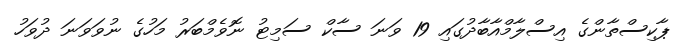
ޕާކިސްތާންގެ އިސްލާމްއާބާދުގައި 19 ވަނަ ސާކް ސަމިޓު ނޮވެމްބަރު މަހުގެ ނުވަވަނަ ދުވަހު